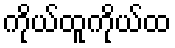
ကိုယ်ထူကိုယ်ထ